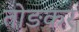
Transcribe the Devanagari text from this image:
तोङकर